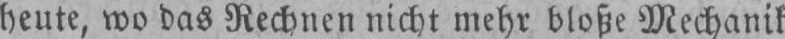
heute, wo das Rechnen nicht mehr bloße Mechanik